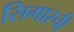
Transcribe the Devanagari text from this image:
सिगारची